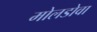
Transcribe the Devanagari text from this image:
मोलडोवा